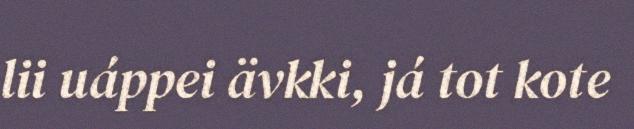
lii uáppei ävkki, já tot kote